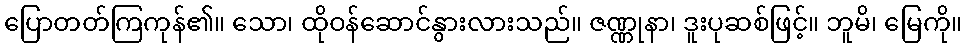
ပြောတတ်ကြကုန်၏။ သော၊ ထိုဝန်ဆောင်နွားလားသည်။ ဇဏ္ဏုနာ၊ ဒူးပုဆစ်ဖြင့်။ ဘူမိ၊ မြေကို။